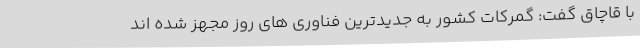
با قاچاق گفت: گمرکات کشور به جدیدترین فناوری های روز مجهز شده اند